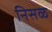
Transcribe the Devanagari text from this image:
निसळ